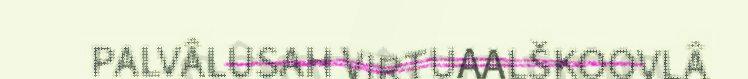
PALVÂLUSAH VIRTUAALŠKOOVLÂ